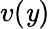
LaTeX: v(\mathit{y})